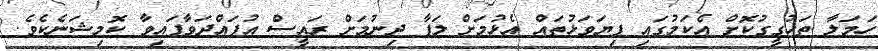
ހަމަލާ ތަހުގީގުކޮށް އެކަމުގައި ފިޔަވަޅުތައް އެޅުމަށް ލަފާ ދިނުމަށް ރައީސް އުފައްދަވާފައިވާ ކޮމިޝަނެކެވެ.